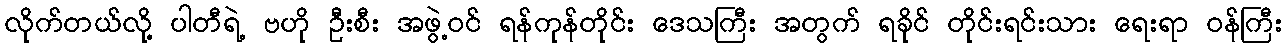
လိုက်တယ်လို့ ပါတီရဲ့ ဗဟို ဦးစီး အဖွဲ့ဝင် ရန်ကုန်တိုင်း ဒေသကြီး အတွက် ရခိုင် တိုင်းရင်းသား ရေးရာ ဝန်ကြီး